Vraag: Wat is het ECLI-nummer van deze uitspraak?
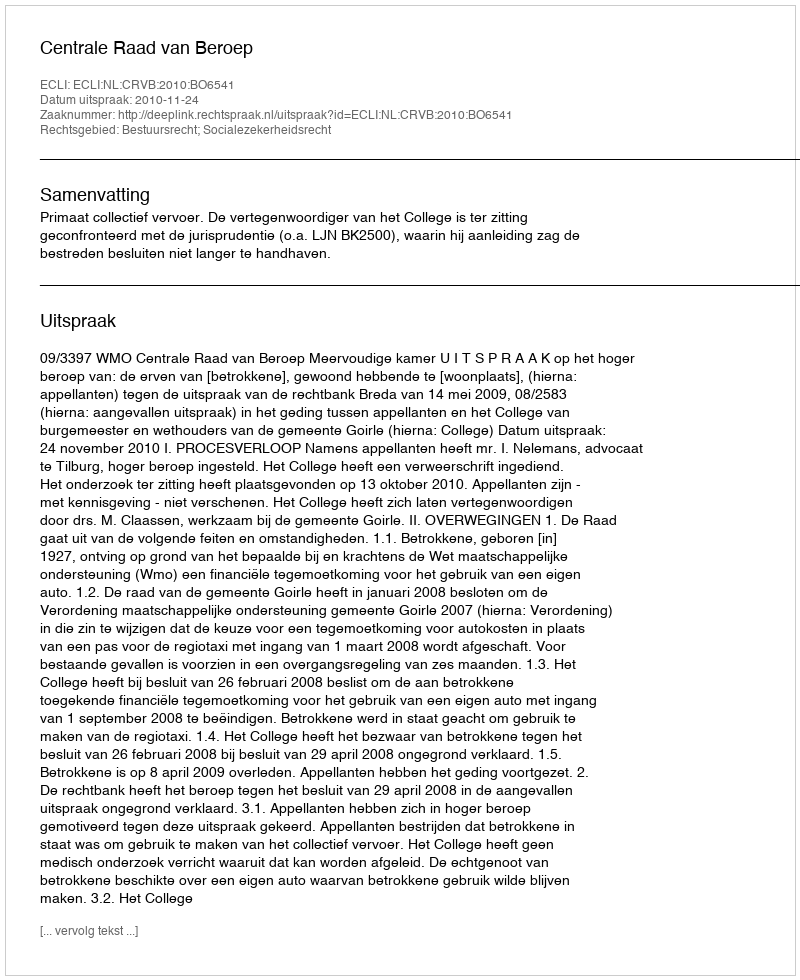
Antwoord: ECLI:NL:CRVB:2010:BO6541